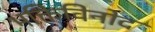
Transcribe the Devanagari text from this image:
भक्तिविनोद